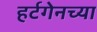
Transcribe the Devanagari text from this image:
हर्टगेनच्या